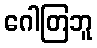
ဂေါတြဘူ